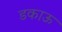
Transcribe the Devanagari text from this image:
डकाऊ